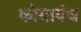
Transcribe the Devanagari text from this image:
कोयावंश